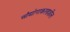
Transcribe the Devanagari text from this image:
औद्योगाकरणशील